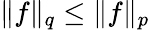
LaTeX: \| f\| _{q}\leq\| f\| _{p}